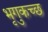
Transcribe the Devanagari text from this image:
भृगुकच्छ